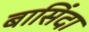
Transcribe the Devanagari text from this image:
बासिंदा